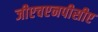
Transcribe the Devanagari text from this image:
जीएचएनपीसीए